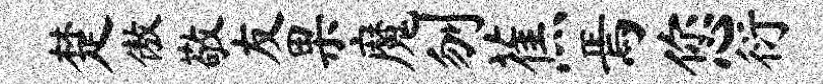
楚傲敬友果魔刎蕉焉您衍